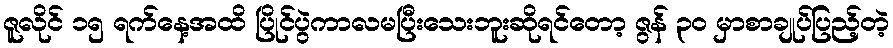
ဇူလိုင် ၁၅ ရက်နေ့အထိ ပြိုင်ပွဲကာလမပြီးသေးဘူးဆိုရင်တော့ ဇွန် ၃၀ မှာစာချုပ်ပြည့်တဲ့